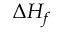
\Delta { H _ { f } }